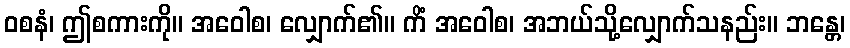
ဝစနံ၊ ဤစကားကို။ အဝေါစ၊ လျှောက်၏။ ကိံ အဝေါစ၊ အဘယ်သို့လျှောက်သနည်း။ ဘန္တေ၊